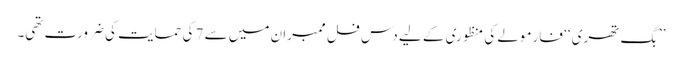
’’بگ تھری ‘‘ فارمولے کی منظوری کے لیے دس فل ممبران میں سے 7 کی حمایت کی ضرورت تھی۔